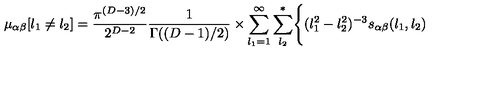
\mu _ { \alpha \beta } [ l _ { 1 } \neq l _ { 2 } ] = { \frac { \pi ^ { ( D - 3 ) / 2 } } { 2 ^ { D - 2 } } } { \frac { 1 } { \Gamma ( ( D - 1 ) / 2 ) } } \times \sum _ { l _ { 1 } = 1 } ^ { \infty } \sum _ { l _ { 2 } } ^ { * } \Biggl \{ ( l _ { 1 } ^ { 2 } - l _ { 2 } ^ { 2 } ) ^ { - 3 } s _ { \alpha \beta } ( l _ { 1 } , l _ { 2 } )